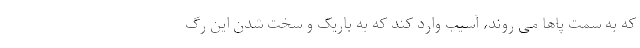
که به سمت پاها می روند، آسیب وارد کند که به باریک و سخت شدن این رگ